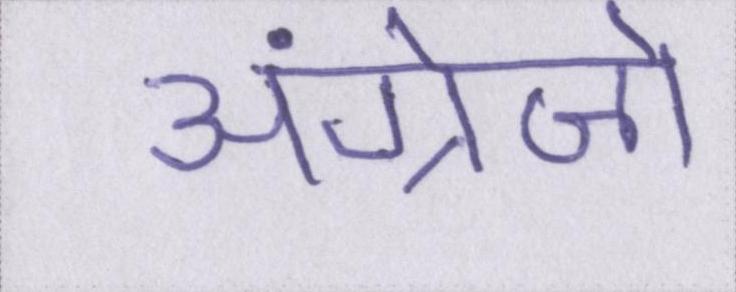
अंग्रेज़ो